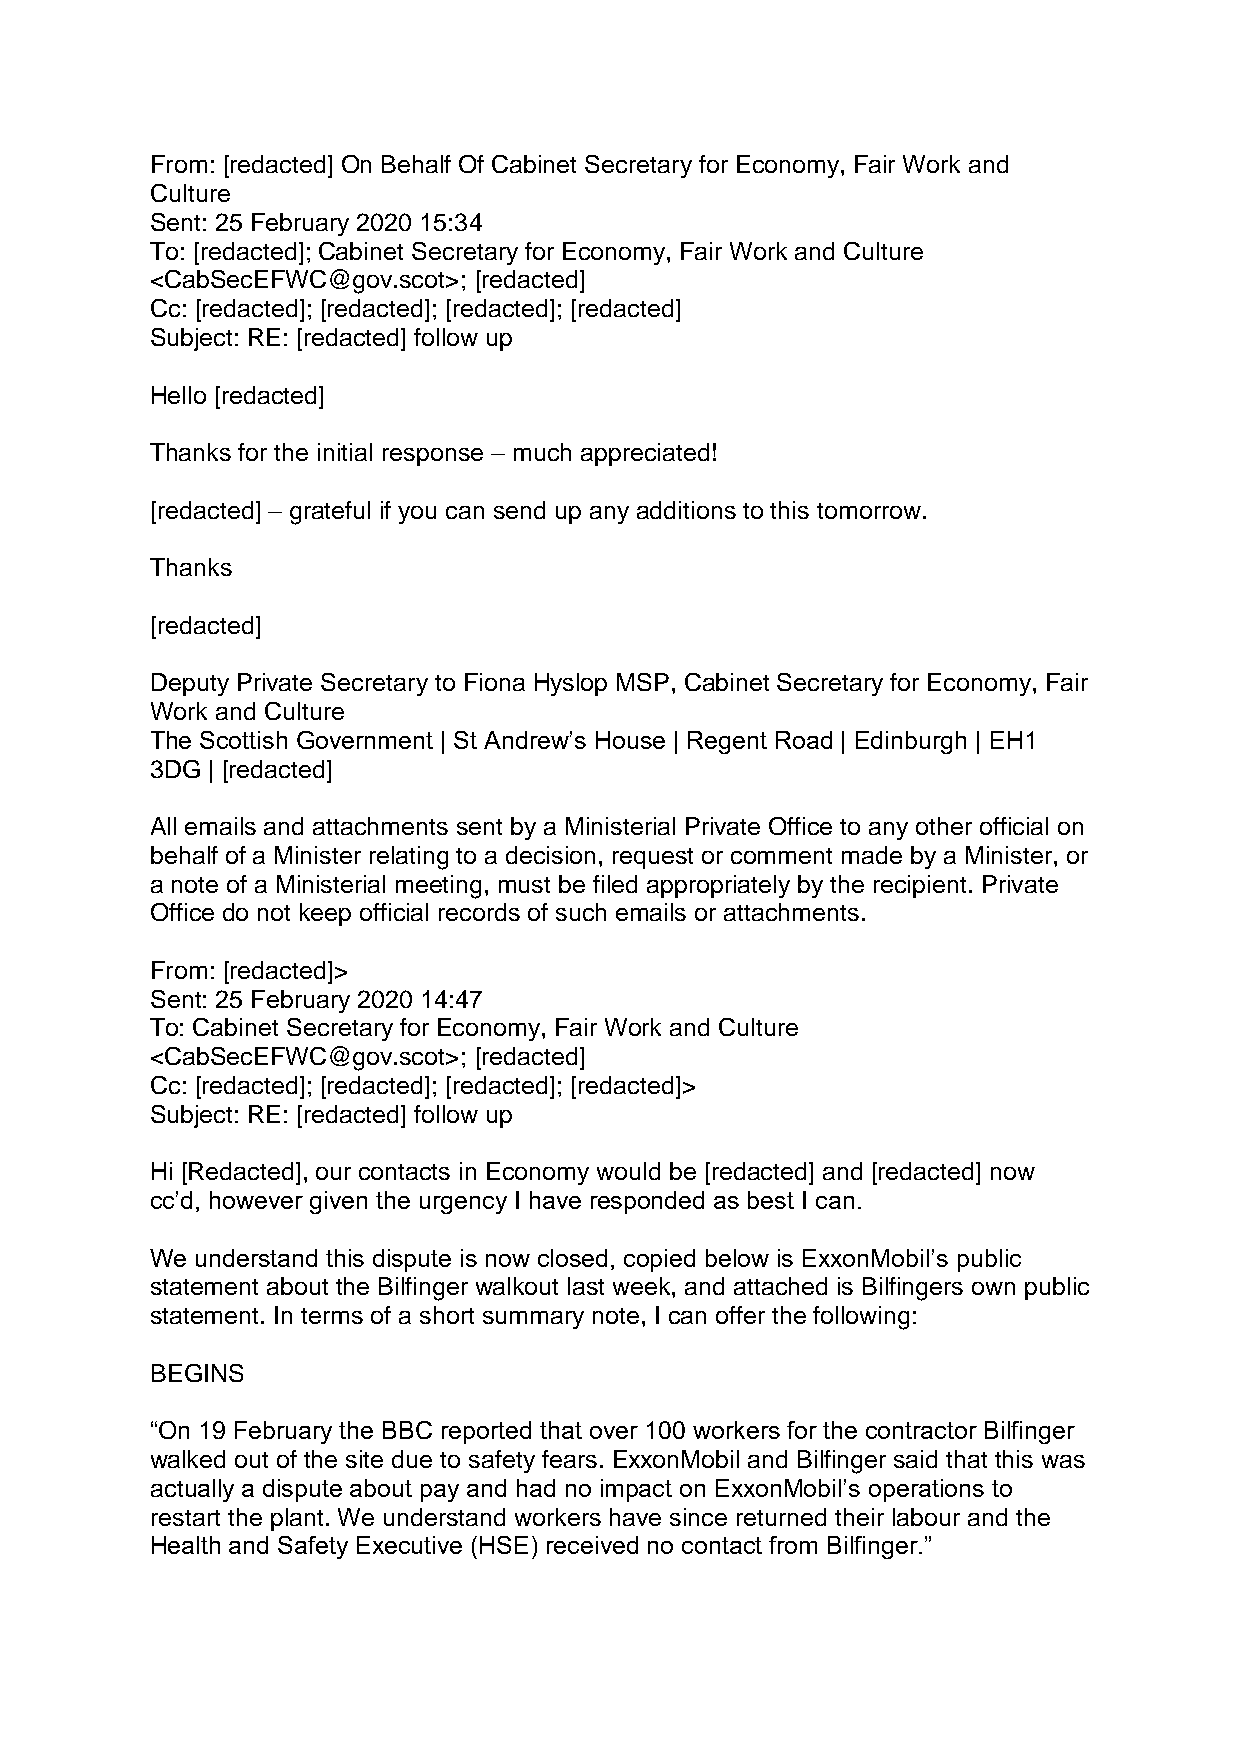
From: [redacted] On Behalf Of Cabinet Secretary for Economy, Fair Work and
 Culture
 Sent: 25 February 2020 15:34
 To: [redacted]; Cabinet Secretary for Economy, Fair Work and Culture
 <CabSecEFWC@gov.scot>; [redacted]
 Cc: [redacted]; [redacted]; [redacted]; [redacted]
 Subject: RE: [redacted] follow up
 Hello [redacted]
 Thanks for the initial response – much appreciated!
 [redacted] – grateful if you can send up any additions to this tomorrow.
 Thanks
 [redacted]
 Deputy Private Secretary to Fiona Hyslop MSP, Cabinet Secretary for Economy, Fair
 Work and Culture
 The Scottish Government | St Andrew’s House | Regent Road | Edinburgh | EH1
 3DG | [redacted]
 All emails and attachments sent by a Ministerial Private Office to any other official on
 behalf of a Minister relating to a decision, request or comment made by a Minister, or
 a note of a Ministerial meeting, must be filed appropriately by the recipient. Private
 Office do not keep official records of such emails or attachments.
 From: [redacted]>
 Sent: 25 February 2020 14:47
 To: Cabinet Secretary for Economy, Fair Work and Culture
 <CabSecEFWC@gov.scot>; [redacted]
 Cc: [redacted]; [redacted]; [redacted]; [redacted]>
 Subject: RE: [redacted] follow up
 Hi [Redacted], our contacts in Economy would be [redacted] and [redacted] now
 cc’d, however given the urgency I have responded as best I can.
 We understand this dispute is now closed, copied below is ExxonMobil’s public
 statement about the Bilfinger walkout last week, and attached is Bilfingers own public
 statement. In terms of a short summary note, I can offer the following:
 BEGINS
 “On 19 February the BBC reported that over 100 workers for the contractor Bilfinger
 walked out of the site due to safety fears. ExxonMobil and Bilfinger said that this was
 actually a dispute about pay and had no impact on ExxonMobil’s operations to
 restart the plant. We understand workers have since returned their labour and the
 Health and Safety Executive (HSE) received no contact from Bilfinger.”